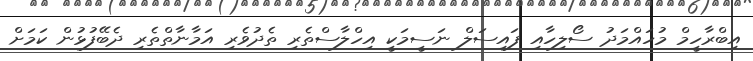
އިބްރާހީމް މުހައްމަދު ސޯލިހާއި ފައިސަލް ނަސީމަކީ އިހްލާސްތެރި ތެދުވެރި އަމާނާތްތެރި ދެބޭފުޅުން ކަމަށް